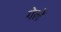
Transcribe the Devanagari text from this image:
गेलें